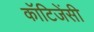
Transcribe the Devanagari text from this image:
कॉटिजेंसी